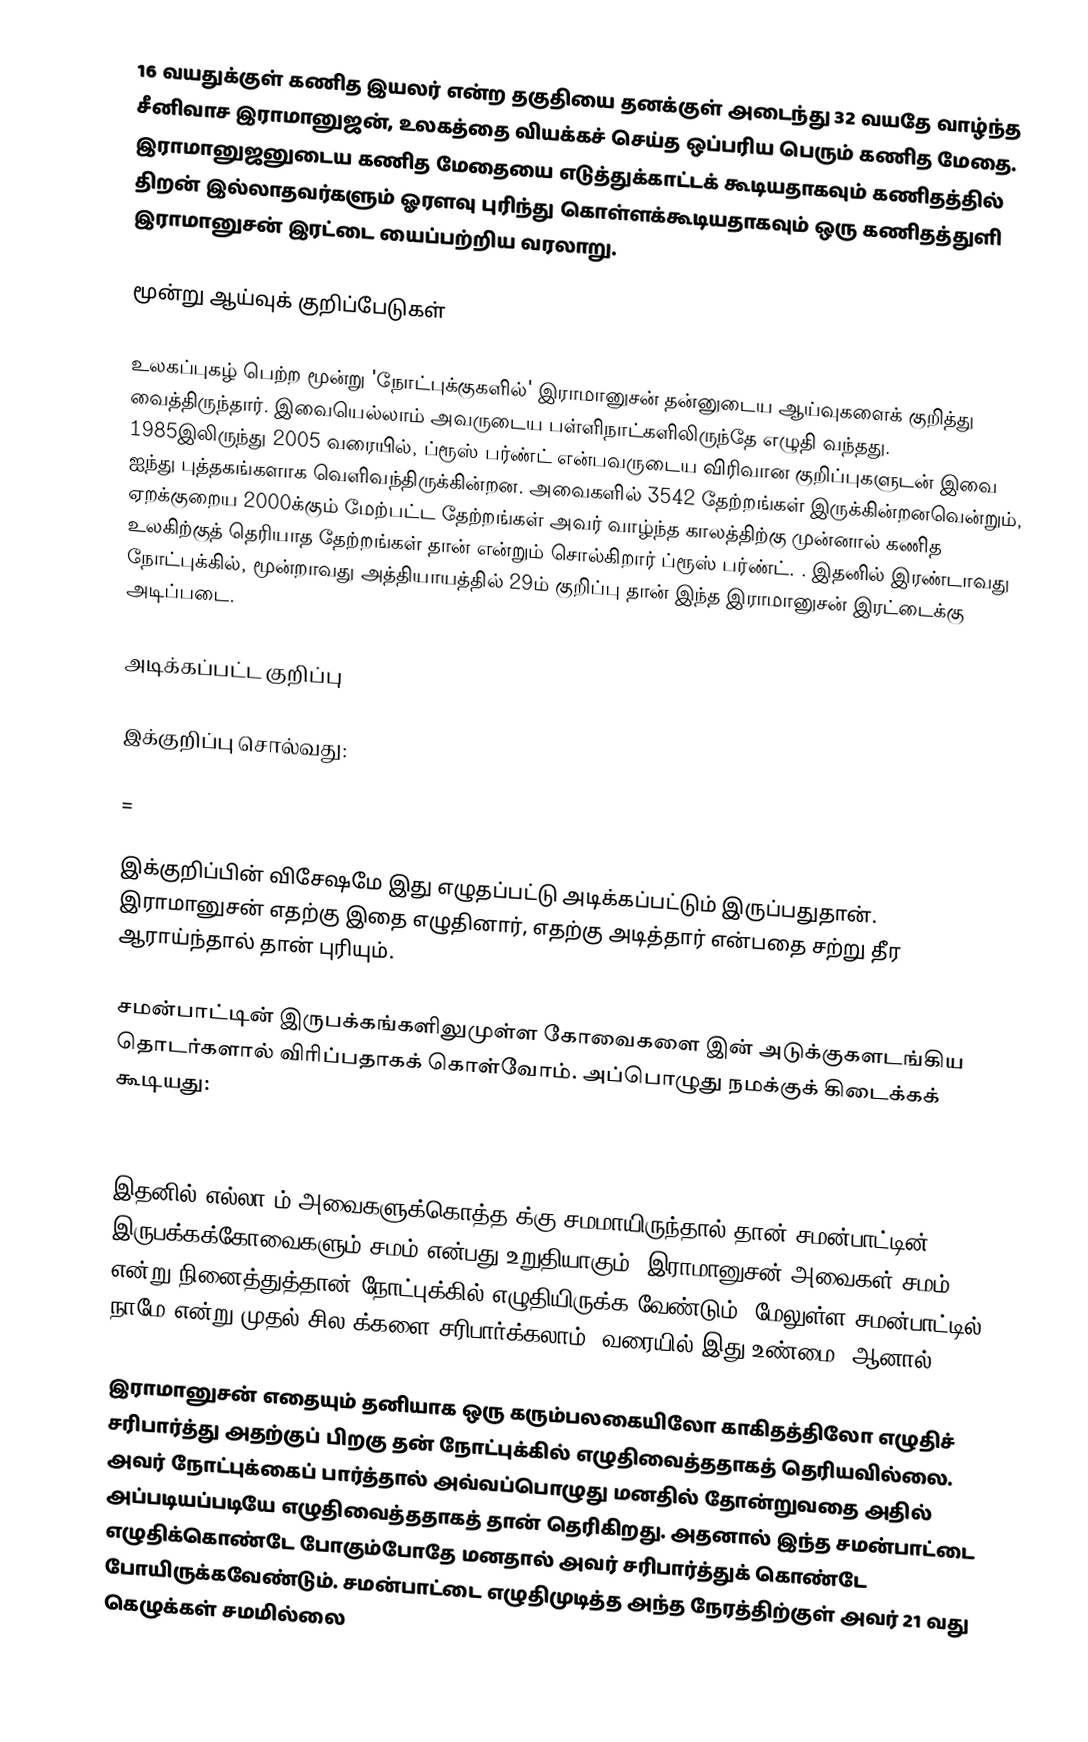
16 வயதுக்குள் கணித இயலர் என்ற தகுதியை தனக்குள் அடைந்து 32 வயதே வாழ்ந்த  சீனிவாச இராமானுஜன், உலகத்தை வியக்கச் செய்த ஒப்பரிய பெரும் கணித மேதை. இராமானுஜனுடைய கணித மேதையை எடுத்துக்காட்டக் கூடியதாகவும் கணிதத்தில் திறன் இல்லாதவர்களும் ஓரளவு புரிந்து கொள்ளக்கூடியதாகவும்   ஒரு கணிதத்துளி  இராமானுசன் இரட்டை யைப்பற்றிய வரலாறு.

மூன்று ஆய்வுக் குறிப்பேடுகள்

உலகப்புகழ் பெற்ற மூன்று 'நோட்புக்குகளில்' இராமானுசன் தன்னுடைய ஆய்வுகளைக் குறித்து வைத்திருந்தார். இவையெல்லாம் அவருடைய பள்ளிநாட்களிலிருந்தே எழுதி வந்தது.  1985இலிருந்து 2005 வரையில், ப்ரூஸ் பர்ண்ட் என்பவருடைய விரிவான குறிப்புகளுடன் இவை ஐந்து புத்தகங்களாக வெளிவந்திருக்கின்றன. அவைகளில் 3542 தேற்றங்கள் இருக்கின்றனவென்றும், ஏறக்குறைய 2000க்கும் மேற்பட்ட தேற்றங்கள் அவர் வாழ்ந்த காலத்திற்கு முன்னால் கணித உலகிற்குத் தெரியாத தேற்றங்கள் தான் என்றும் சொல்கிறார் ப்ரூஸ் பர்ண்ட். . இதனில் இரண்டாவது நோட்புக்கில், மூன்றாவது அத்தியாயத்தில் 29ம் குறிப்பு தான் இந்த இராமானுசன் இரட்டைக்கு அடிப்படை.

அடிக்கப்பட்ட குறிப்பு

இக்குறிப்பு சொல்வது:

=

இக்குறிப்பின் விசேஷமே இது எழுதப்பட்டு அடிக்கப்பட்டும் இருப்பதுதான். இராமானுசன் எதற்கு இதை எழுதினார், எதற்கு அடித்தார்  என்பதை சற்று தீர ஆராய்ந்தால் தான் புரியும்.

சமன்பாட்டின் இருபக்கங்களிலுமுள்ள கோவைகளை  இன் அடுக்குகளடங்கிய தொடர்களால் விரிப்பதாகக் கொள்வோம். அப்பொழுது நமக்குக் கிடைக்கக் கூடியது:

இதனில் எல்லா  ம் அவைகளுக்கொத்த  க்கு சமமாயிருந்தால் தான் சமன்பாட்டின் இருபக்கக்கோவைகளும் சமம் என்பது உறுதியாகும். இராமானுசன் அவைகள் சமம் என்று நினைத்துத்தான் நோட்புக்கில் எழுதியிருக்க வேண்டும். மேலுள்ள சமன்பாட்டில் நாமே   என்று முதல் சில  க்களை சரிபார்க்கலாம்.  வரையில்  இது உண்மை. ஆனால்

இராமானுசன் எதையும் தனியாக ஒரு கரும்பலகையிலோ காகிதத்திலோ எழுதிச் சரிபார்த்து அதற்குப் பிறகு தன் நோட்புக்கில் எழுதிவைத்ததாகத் தெரியவில்லை. அவர் நோட்புக்கைப் பார்த்தால் அவ்வப்பொழுது மனதில் தோன்றுவதை அதில் அப்படியப்படியே எழுதிவைத்ததாகத் தான் தெரிகிறது. அதனால் இந்த சமன்பாட்டை எழுதிக்கொண்டே போகும்போதே மனதால் அவர் சரிபார்த்துக் கொண்டே போயிருக்கவேண்டும். சமன்பாட்டை எழுதிமுடித்த அந்த நேரத்திற்குள்  அவர் 21 வது கெழுக்கள் சமமில்லை